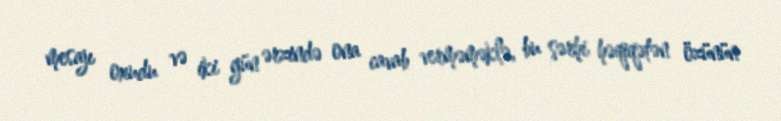
mesajı oxudu və iki gün ərzində ona cavab verməməklə, bu şərhi həqiqətən özünün